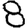
Digit: 8